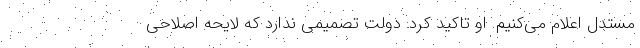
مستدل اعلام می‌کنیم. او تاکید کرد: دولت تصمیمی ندارد که لایحه اصلاحی